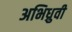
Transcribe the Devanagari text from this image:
अभिध्रुवी